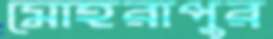
মোহরাপুর